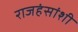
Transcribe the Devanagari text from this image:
राजहंसांशी